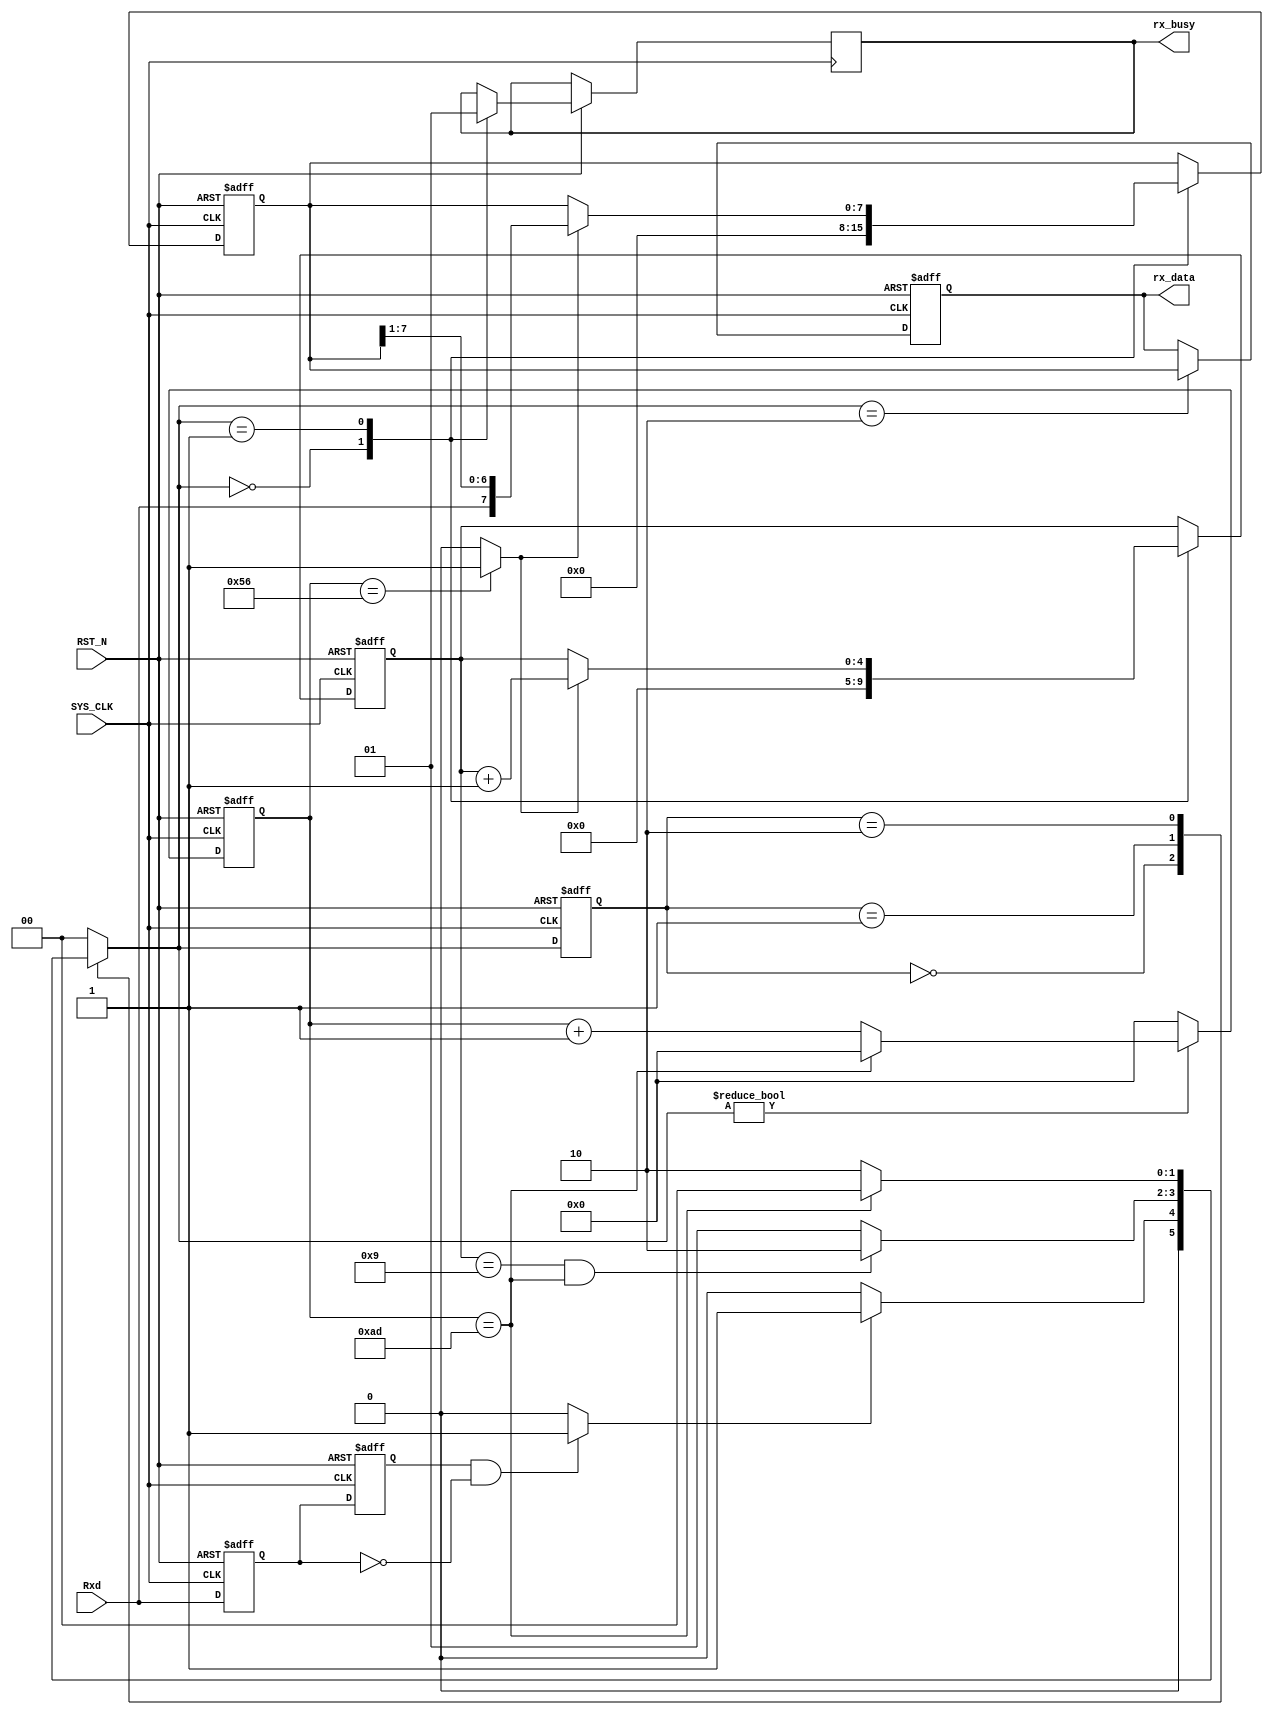
//---------------------------------------------------
//-- 
//---------------------------------------------------
//1.BUG		---- 2018-08-09 17:27:26 August Thursday	

//---------------------------------------------------
//-- 
//---------------------------------------------------

module UART_Rxd(
input 							SYS_CLK			,
input							RST_N			,
input							Rxd				,						
                                              
output	reg		[7:0]			rx_data			,					//
output 	reg 					rx_busy								//
);
//-------------------------------------------------------
//-- 
//-------------------------------------------------------


//-------------------------------------------------------
//-- 
//-------------------------------------------------------
reg		[1:0] 					state				;
reg		[1:0]					state_n				;
reg 	[15:0] 					baud_count			;				//
reg								n_edge_now 			;
reg								n_edge_pre			;
reg		[4:0]					bit_cnt				;

wire							flag_half_buad		;

reg		[7:0]					shift_data			;				//
reg		[7:0]					shift_data_n		;				//

wire							rx_start			;

//-------------------------------------------------------
//-- 
//-------------------------------------------------------
localparam BAUD = 115200 ;														//
localparam SYS_CLK_PERIOD = 50 ;													//
localparam BAUD_CNT_END = 1_000_000_000 / BAUD / SYS_CLK_PERIOD ;					//
localparam HALF_BAUD_CNT = BAUD_CNT_END / 2 ;										//

localparam IDLE = 2'd0 ,READ = 2'd1 ,STOP = 2'd2 ;									//

//------------------------------------------------------
//-- 
//------------------------------------------------------
always@(posedge SYS_CLK or negedge RST_N) begin
	if(!RST_N) begin
		baud_count <= 16'b0;
	end
	else if(state_n != IDLE) begin
		if(baud_count == BAUD_CNT_END ) begin
			baud_count <= 16'b0 ;
		end
		else begin
			baud_count <= baud_count + 1'b1 ;
		end
	end
	else begin
		baud_count <= 16'b0;
	end
end
//-- 
assign flag_half_buad = (baud_count == HALF_BAUD_CNT) ? 1'b1 : 1'b0 ;

//-------------------------------------------------------
//-- 
//-------------------------------------------------------
always @(posedge SYS_CLK or negedge RST_N ) begin
	if(!RST_N) begin
		n_edge_now <= 1'b1 ;
		n_edge_pre <= 1'b1 ;
	end
	else begin
		n_edge_now <= Rxd ;
		n_edge_pre <= n_edge_now ;
	end
end
//-- 
assign rx_start = ( n_edge_pre == 1'b1 && n_edge_now == 1'b0) ? 1'b1 : 1'b0 ;
//------------------------------------------------------
//-- 
//------------------------------------------------------
always@(posedge SYS_CLK or negedge RST_N) begin
	if(!RST_N) begin
		state <= IDLE ;
	end
	else begin
		state <= state_n ;
	end
end
//------------------------------------------------------
//-- 
//------------------------------------------------------
always@(*) begin
	case(state)
		IDLE : begin
			if(rx_start) begin
				state_n = READ ;
			end
			else begin
				state_n = IDLE ;
			end
		end
		READ : begin
			if(bit_cnt == 'd9 && baud_count == BAUD_CNT_END) begin
				state_n = STOP ;
			end
			else begin
				state_n = READ ;
			end
		end
		STOP : begin
			if(baud_count == BAUD_CNT_END) begin
				state_n = IDLE ;
			end
			else begin
				state_n = STOP ;
			end 
		end
		default : begin
			state_n = IDLE ;
		end
	endcase
end
//------------------------------------------------------
//-- 
//------------------------------------------------------
always@(posedge SYS_CLK or negedge RST_N) begin
	if(!RST_N) begin
		bit_cnt <= 'b0 ;
		shift_data <= 'b0 ;
		rx_data <= 'b0 ;
	end
	else begin
		case(state_n)
			IDLE : begin
				rx_busy <= 1'b0 ;
				bit_cnt <= 'b0 ;
				shift_data <= 'b0 ;
			end
			READ : begin
				if(flag_half_buad) begin
					shift_data <= shift_data_n ;
					bit_cnt <= bit_cnt + 1'b1 ;
				end
				rx_busy <= 1'b1 ;
			end
			STOP : begin
				rx_data <= shift_data ;
			end
		endcase
	end
end
//------------------------------------------------------
//-- 
//------------------------------------------------------
always@(*) begin
	if(flag_half_buad) begin
		shift_data_n = {Rxd,shift_data[7:1]};
	end
	else begin
		shift_data_n = shift_data ;
	end
end



endmodule